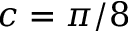
c = \pi / 8